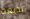
بديعة